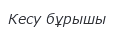
Кесу бұрышы